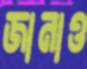
জানাও